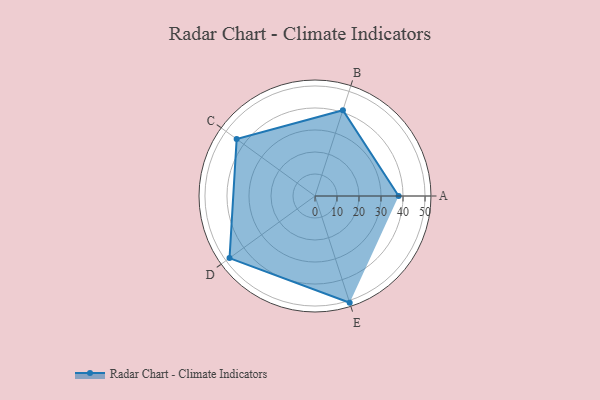
{"axis": {"x": "Skill", "y": "Score"}, "legend": ["Profile"], "data": [{"x": "A", "y": 38.0, "type": "Profile"}, {"x": "B", "y": 41.0, "type": "Profile"}, {"x": "C", "y": 44.0, "type": "Profile"}, {"x": "D", "y": 48.0, "type": "Profile"}, {"x": "E", "y": 51.0, "type": "Profile"}]}